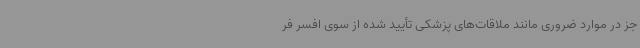
جز در موارد ضروری مانند ملاقات‌های پزشکی تأیید شده از سوی افسر فر